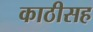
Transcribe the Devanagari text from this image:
काठीसह